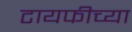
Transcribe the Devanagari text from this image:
टायफीच्या